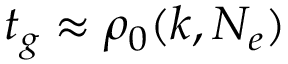
t _ { g } \approx \rho _ { 0 } ( k , N _ { e } )